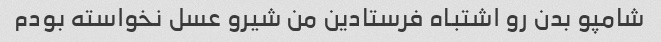
شامپو بدن رو اشتباه فرستادین من شیرو عسل نخواسته بودم